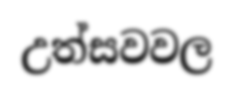
උත්සවවල